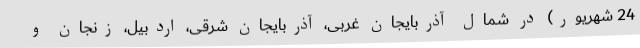
24 شهریور) در شمال آذربایجان غربی، آذربایجان شرقی، اردبیل، زنجان و